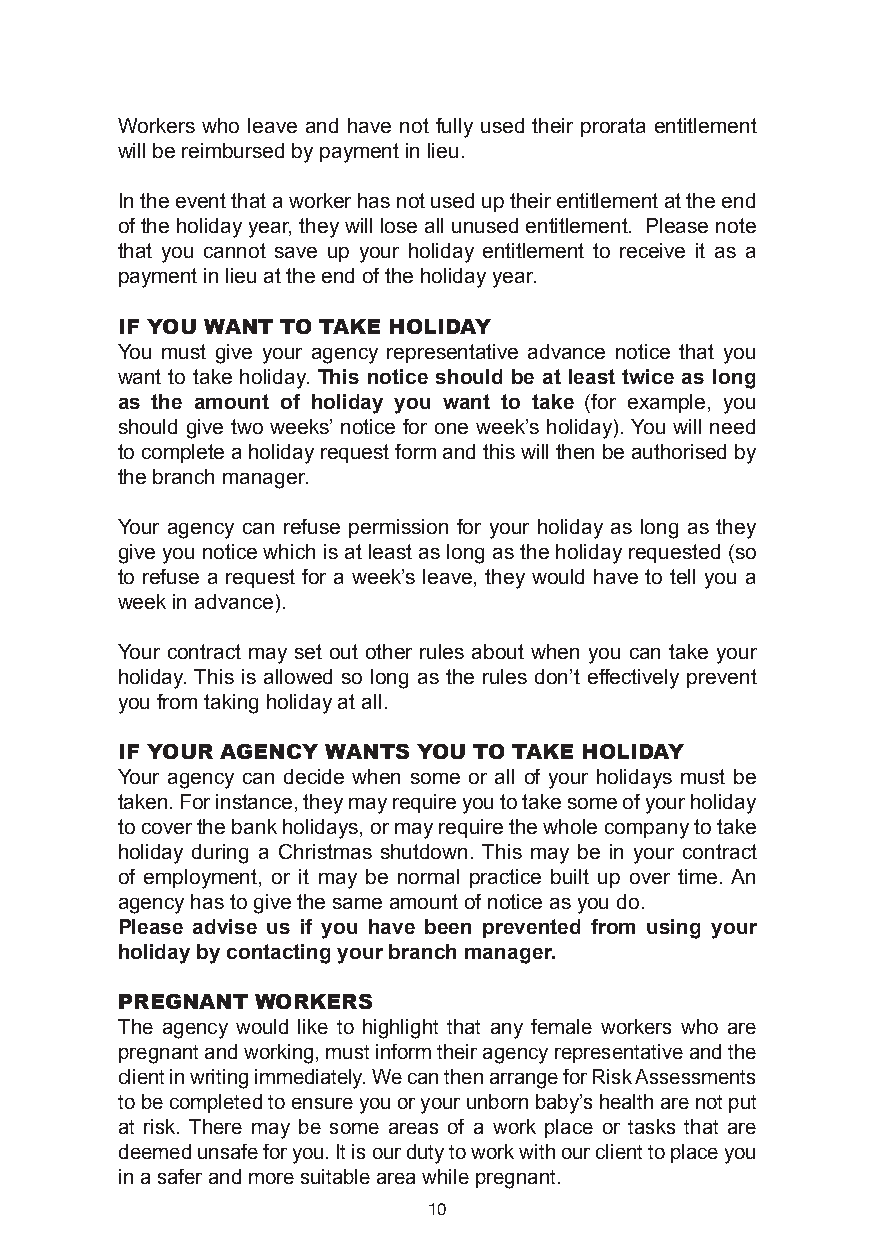
Workers who leave and have not fully used their prorata entitlement
 will be reimbursed by payment in lieu.
 In the event that a worker has not used up their entitlement at the end
 of the holiday year, they will lose all unused entitlement. Please note
 that you cannot save up your holiday entitlement to receive it as a
 payment in lieu at the end of the holiday year.
 IF you Want to taKe holIDay
 You must give your agency representative advance notice that you
 want to take holiday. This notice should be at least twice as long
 as the amount of holiday you want to take (for example, you
 should give two weeks’ notice for one week’s holiday). You will need
 to complete a holiday request form and this will then be authorised by
 the branch manager.
 Your agency can refuse permission for your holiday as long as they
 give you notice which is at least as long as the holiday requested (so
 to refuse a request for a week’s leave, they would have to tell you a
 week in advance).
 Your contract may set out other rules about when you can take your
 holiday. This is allowed so long as the rules don’t effectively prevent
 you from taking holiday at all.
 IF your agenCy Wants you to taKe holIDay
 Your agency can decide when some or all of your holidays must be
 taken. For instance, they may require you to take some of your holiday
 to cover the bank holidays, or may require the whole company to take
 holiday during a Christmas shutdown. This may be in your contract
 of employment, or it may be normal practice built up over time. An
 agency has to give the same amount of notice as you do.
 Please advise us if you have been prevented from using your
 holiday by contacting your branch manager.
 Pregnant WorKers
 The agency would like to highlight that any female workers who are
 pregnant and working, must inform their agency representative and the
 client in writing immediately. We can then arrange for Risk Assessments
 to be completed to ensure you or your unborn baby’s health are not put
 at risk. There may be some areas of a work place or tasks that are
 deemed unsafe for you. It is our duty to work with our client to place you
 in a safer and more suitable area while pregnant.
 10